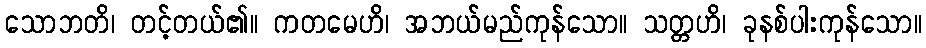
သောဘတိ၊ တင့်တယ်၏။ ကတမေဟိ၊ အဘယ်မည်ကုန်သော။ သတ္တဟိ၊ ခုနစ်ပါးကုန်သော။